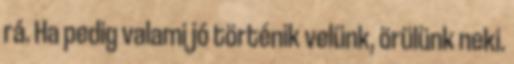
rá. Ha pedig valami jó történik velünk, örülünk neki.